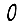
Digit: 0